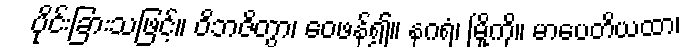
ပိုင်းခြားသဖြင့်။ ဝိဘဇိတွာ၊ ဝေဖန်၍။ နဂရံ၊ မြို့ကို။ မာပေတိယထာ၊